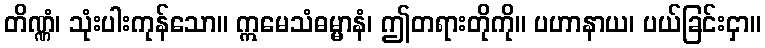
တိဏ္ဏံ၊ သုံးပါးကုန်သော။ ဣမေသံဓမ္မာနံ၊ ဤတရားတိုကို။ ပဟာနာယ၊ ပယ်ခြင်းငှာ။